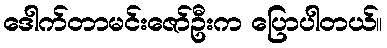
ဒေါက်တာမင်းဇော်ဦးက ပြောပါတယ်။